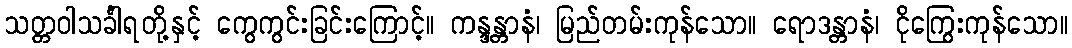
သတ္တဝါသင်္ခါရတို့နှင့် ကွေကွင်းခြင်းကြောင့်။ ကန္ဒန္တာနံ၊ မြည်တမ်းကုန်သော။ ရောဒန္တာနံ၊ ငိုကြွေးကုန်သော။